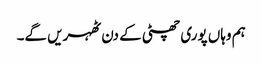
ہم وہاں پوری چھٹی کے دن ٹھہریں گے۔